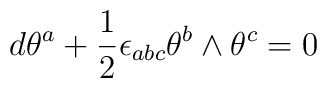
d\theta ^{a}+{\frac{1}{2}}\epsilon _{abc}\theta ^{b}\wedge \theta ^{c}=0